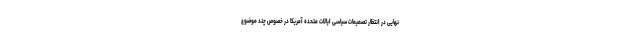
نهایی در انتظار تصمیمات سیاسی ایالات متحده آمریکا در خصوص چند موضوع